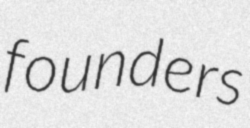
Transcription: founders